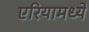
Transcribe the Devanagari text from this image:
एरियामध्ये